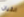
الكيان